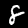
Digit: 8